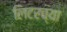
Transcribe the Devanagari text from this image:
लिटरच्या